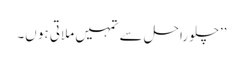
’’چلو راحل سے تمہیں ملاتی ہو ں۔